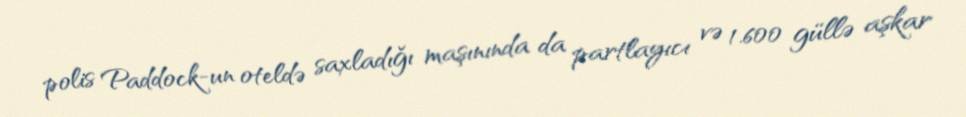
polis Paddock-un oteldə saxladığı maşınında da partlayıcı və 1.600 güllə aşkar